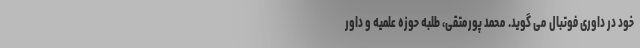
خود در داوری فوتبال می گوید. محمد پورمتقی، طلبه حوزه علمیه و داور